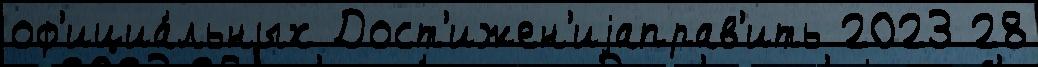
оф'ициа́льных Дост'ижен'иjаправ'ить 2023 28